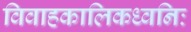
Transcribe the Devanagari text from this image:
विवाहकालिकध्वनिः